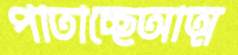
পাতাচ্ছেআত্ম